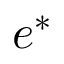
e ^ { * }